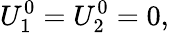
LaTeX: U_{1}^{0}=U_{2}^{0}=0,